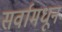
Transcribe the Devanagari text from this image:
सर्वामधून